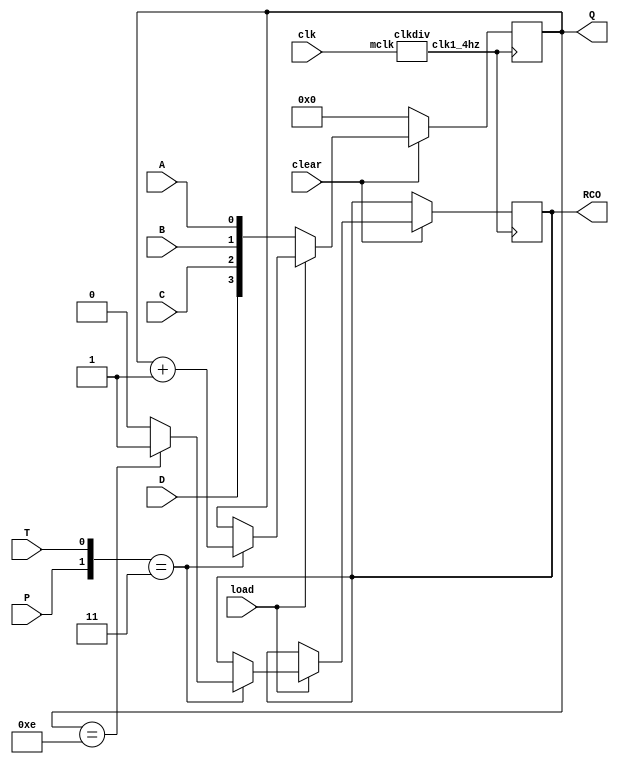
`timescale 1ns / 1ps
//////////////////////////////////////////////////////////////////////////////////
// Company: 
// Engineer: 
// 
// Design Name: 
// Module Name: binary_counter
// Project Name: 
// Target Devices: 
// Tool Versions: 
// Description: 
// 
// Dependencies: 
// 
// Revision:
// Revision 0.01 - File Created
// Additional Comments:
// 
//////////////////////////////////////////////////////////////////////////////////


module binary_counter(A,B,C,D,clear,load,P,T,clk,Q,RCO);
    
    input A,B,C,D;
    input clear,load,P,T;
    input clk;
    output reg [3:0]Q;
    output reg RCO;

    wire myclk;
    clkdiv a(clk,myclk);
    always@(posedge myclk)
    begin
        if(!clear)
        begin 
            Q<=4'b0000;
        end
        else 
            if(!load)
            begin 
                Q<={D,C,B,A};
            end
            else 
            case({P,T})
                2'b11:
                    begin
                    if(Q==4'b1110)
                    begin
                        Q<=Q+1;
                        RCO<=1;
                    end
                    else
                    begin
                        Q<=Q+1;
                        RCO<=0;
                    end
                    end
                default:Q<=Q;
            endcase
    end
    
endmodule


module clkdiv(
    input mclk,
   // input clr,
    //output clk190,
    //output clk48,
    output clk1_4hz
    );
    reg [27:0]q;
    always@(posedge mclk)
  //  begin
   // if(!clr)
   //      q<=0;
  //  else
         q<=q+1;
  //  end
    //assign clk190=q[18];//190hz
    //assign clk48=q[20];//47.7 
    assign clk1_4hz=q[26];         
endmodule